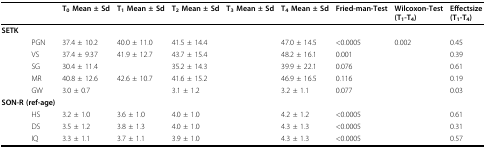
<table><thead><tr><td>[EMPTY_CELL]</td><td><b>T<sub>0 </sub>Mean ± Sd</b></td><td><b>T<sub>1 </sub>Mean ± Sd</b></td><td><b>T<sub>2 </sub>Mean ± Sd</b></td><td><b>T<sub>3 </sub>Mean ± Sd</b></td><td><b>T<sub>4 </sub>Mean ± Sd</b></td><td><b>Fried-man-Test</b></td><td><b>Wilcoxon-Test (T<sub>1</sub>-T<sub>4</sub>)</b></td><td><b>Effectsize(T<sub>1</sub>-T<sub>4</sub>)</b></td></tr></thead><tbody><tr><td><b>SETK</b></td><td>[EMPTY_CELL]</td><td>[EMPTY_CELL]</td><td>[EMPTY_CELL]</td><td>[EMPTY_CELL]</td><td>[EMPTY_CELL]</td><td>[EMPTY_CELL]</td><td>[EMPTY_CELL]</td><td>[EMPTY_CELL]</td></tr><tr><td>PGN</td><td>37.4 ± 10.2</td><td>40.0 ± 11.0</td><td>41.5 ± 14.4</td><td>[EMPTY_CELL]</td><td>47.0 ± 14.5</td><td>&lt;0.0005</td><td>0.002</td><td>0.45</td></tr><tr><td>VS</td><td>37.4 ± 9.37</td><td>41.9 ± 12.7</td><td>43.7 ± 15.4</td><td>[EMPTY_CELL]</td><td>48.2 ± 16.1</td><td>0.001</td><td>[EMPTY_CELL]</td><td>0.39</td></tr><tr><td>SG</td><td>30.4 ± 11.4</td><td>[EMPTY_CELL]</td><td>35.2 ± 14.3</td><td>[EMPTY_CELL]</td><td>39.9 ± 22.1</td><td>0.076</td><td>[EMPTY_CELL]</td><td>0.61</td></tr><tr><td>MR</td><td>40.8 ± 12.6</td><td>42.6 ± 10.7</td><td>41.6 ± 15.2</td><td>[EMPTY_CELL]</td><td>46.9 ± 16.5</td><td>0.116</td><td>[EMPTY_CELL]</td><td>0.19</td></tr><tr><td>GW</td><td>3.0 ± 0.7</td><td>[EMPTY_CELL]</td><td>3.1 ± 1.2</td><td>[EMPTY_CELL]</td><td>3.2 ± 1.1</td><td>0.077</td><td>[EMPTY_CELL]</td><td>0.03</td></tr><tr><td><b>SON-R (ref-age)</b></td><td>[EMPTY_CELL]</td><td>[EMPTY_CELL]</td><td>[EMPTY_CELL]</td><td>[EMPTY_CELL]</td><td>[EMPTY_CELL]</td><td>[EMPTY_CELL]</td><td>[EMPTY_CELL]</td><td>[EMPTY_CELL]</td></tr><tr><td>HS</td><td>3.2 ± 1.0</td><td>3.6 ± 1.0</td><td>4.0 ± 1.0</td><td>[EMPTY_CELL]</td><td>4.2 ± 1.2</td><td>&lt;0.0005</td><td>[EMPTY_CELL]</td><td>0.61</td></tr><tr><td>DS</td><td>3.5 ± 1.2</td><td>3.8 ± 1.3</td><td>4.0 ± 1.0</td><td>[EMPTY_CELL]</td><td>4.3 ± 1.3</td><td>&lt;0.0005</td><td>[EMPTY_CELL]</td><td>0.31</td></tr><tr><td>IQ</td><td>3.3 ± 1.1</td><td>3.7 ± 1.1</td><td>3.9 ± 1.0</td><td>[EMPTY_CELL]</td><td>4.3 ± 1.3</td><td>&lt;0.0005</td><td>[EMPTY_CELL]</td><td>0.57</td></tr></tbody></table>